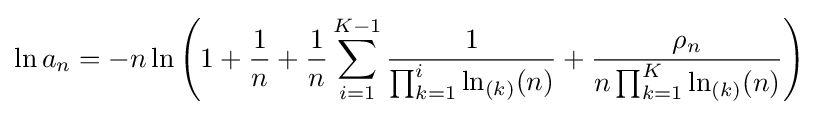
\ln a_{n}=-n\ln \left(1+{\frac {1}{n}}+{\frac {1}{n}}\sum _{i=1}^{K-1}{\frac {1}{\prod _{k=1}^{i}\ln _{(k)}(n)}}+{\frac {\rho _{n}}{n\prod _{k=1}^{K}\ln _{(k)}(n)}}\right)